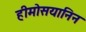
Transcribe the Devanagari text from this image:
हीमोसयानिन